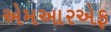
એમઆરએફ